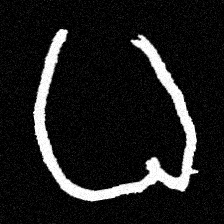
Pyu character \u2014 Myanmar letter: ဓ (romanized: dha)